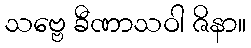
သဗ္ဗေ ခီဏာသဝါ ဇိနာ။